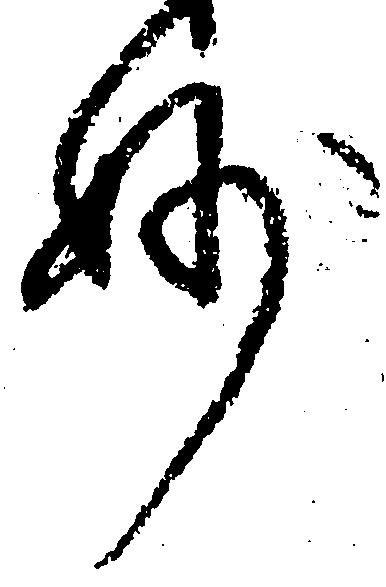
妙